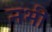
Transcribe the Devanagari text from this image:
नभीं